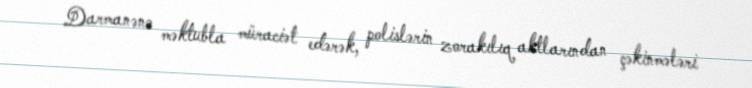
Darmanənə məktubla müraciət edərək, polislərin zorakılıq aktlarından çəkinmələri